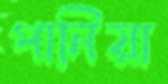
পানিয়া